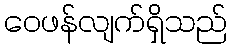
ဝေဖန်လျက်ရှိသည်